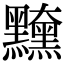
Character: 𪒻